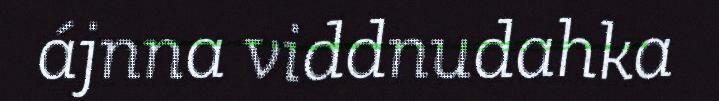
ájnna viddnudahka